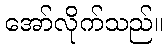
အော်လိုက်သည်။